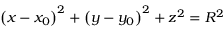
\left( x - x _ { 0 } \right) ^ { 2 } + \left( y - y _ { 0 } \right) ^ { 2 } + z ^ { 2 } = R ^ { 2 }